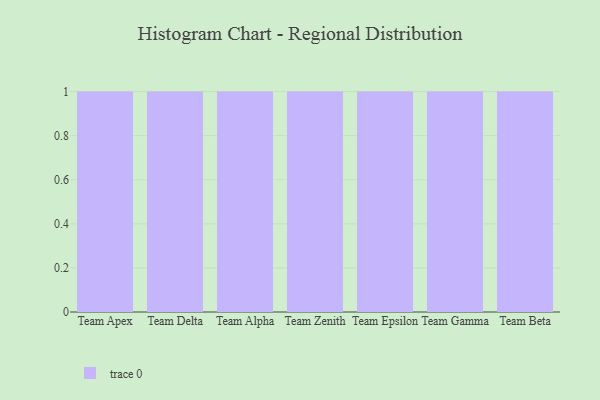
{"axis": {"x": "Team", "y": "Churn Rate (%)"}, "legend": [""], "data": [{"x": "Team Apex", "y": 70, "type": ""}, {"x": "Team Delta", "y": 49, "type": ""}, {"x": "Team Alpha", "y": 85, "type": ""}, {"x": "Team Zenith", "y": 19, "type": ""}, {"x": "Team Epsilon", "y": 19, "type": ""}, {"x": "Team Gamma", "y": 35, "type": ""}, {"x": "Team Beta", "y": 35, "type": ""}]}